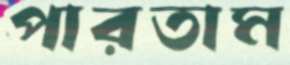
পারতাম